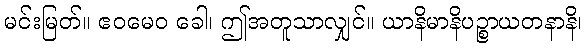
မင်းမြတ်။ ဧဝမေဝ ခေါ၊ ဤအတူသာလျှင်။ ယာနိမာနိပဉ္စာယတနာနိ၊